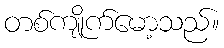
တစ်ကျိုက်မော့သည်။